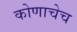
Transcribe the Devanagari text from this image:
कोणाचेच